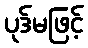
ပုဒ်မဖြင့်